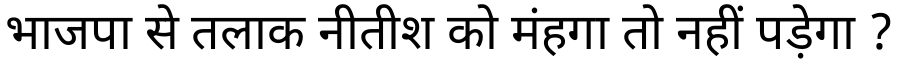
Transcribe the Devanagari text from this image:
भाजपा से तलाक नीतीश को मंहगा तो नहीं पड़ेगा ?